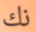
نك